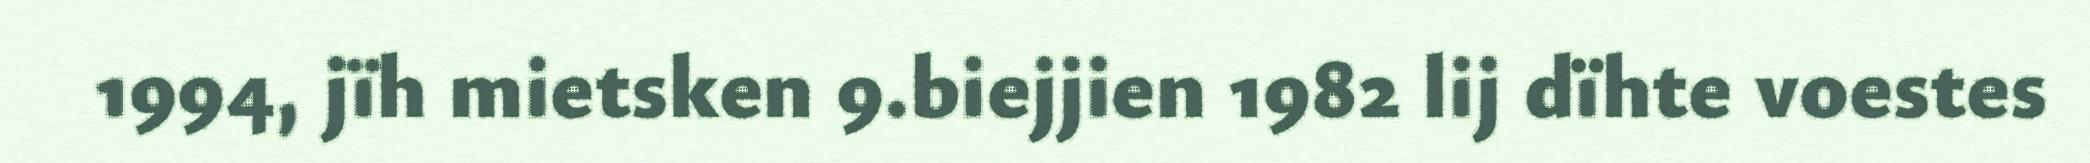
1994, jïh mietsken 9.biejjien 1982 lij dïhte voestes